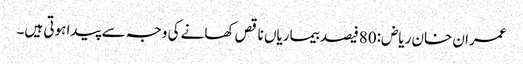
عمران خان ریاض:80فیصد بیماریاں ناقص کھانے کی وجہ سے پیدا ہوتی ہیں۔